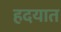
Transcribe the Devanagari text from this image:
हदयात